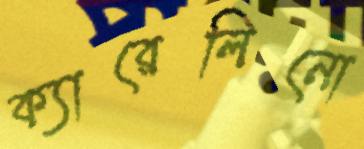
ক্যারেলিনো